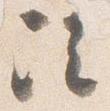
次